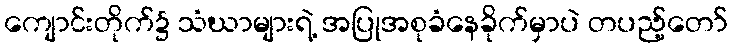
ကျောင်းတိုက်၌ သံဃာများရဲ့ အပြုအစုခံနေခိုက်မှာပဲ တပည့်တော်